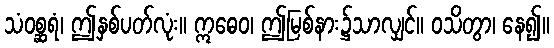
သံဝစ္ဆရံ၊ ဤနှစ်ပတ်လုံး။ ဣဓေဝ၊ ဤမြစ်နား၌သာလျှင်။ ဝသိတွာ၊ နေ၍။